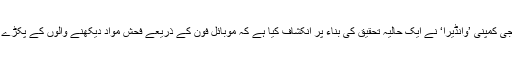
دی میٹرو کی رپورٹ کے مطابق ٹیکنالوجی کمپنی ’وانڈیرا‘ نے ایک حالیہ تحقیق کی بناء پر انکشاف کیا ہے کہ موبائل فون کے ذریعے فحش مواد دیکھنے والوں کے پکڑے جانے کے امکانات کہیں زیادہ ہوتے ہیں۔